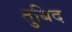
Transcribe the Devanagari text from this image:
तुबिद